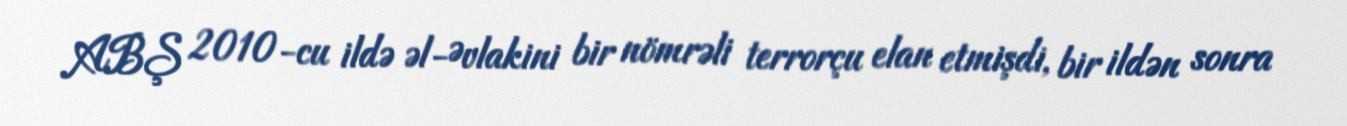
ABŞ 2010-cu ildə əl-Əvlakini bir nömrəli terrorçu elan etmişdi, bir ildən sonra